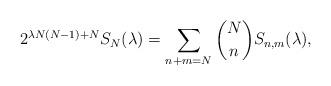
LaTeX: \begin{align*}2^{\lambda N(N-1)+N} S_N(\lambda) = \sum\limits_{n+m=N} \binom{N}{n} S_{n, m}(\lambda),\end{align*}